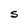
Character: S